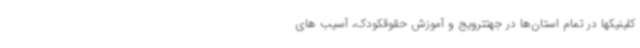
کلینیکها در تمام استان‌ها در جهتترویج و آموزش حقوقکودک، آسیب های